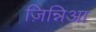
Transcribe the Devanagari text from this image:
ज़िन्निआ